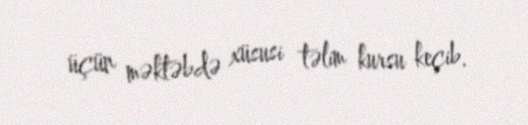
üçün məktəbdə xüsusi təlim kursu keçib.